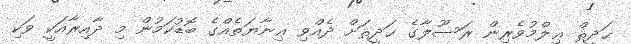
ޙަދީޘް ޢިލްމުވެރިން ރަސޫލާގެ ޙަދީޘަށް ދެއްވި ޢިނާޔަތެއްގެ ބޮޑުކަމުން މި ދާއިރާއަކީ ވަކި